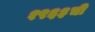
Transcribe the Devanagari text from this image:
१९६३ची